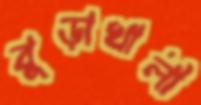
বুড়াখালী